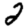
Digit: 2